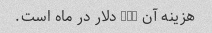
هزینه آن 125 دلار در ماه است.